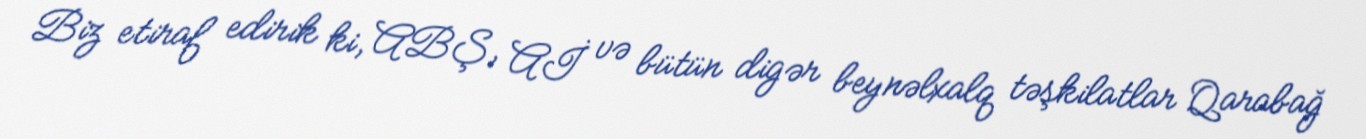
Biz etiraf edirik ki, ABŞ, Aİ və bütün digər beynəlxalq təşkilatlar Qarabağ